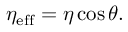
\eta _ { \mathrm { e f f } } = \eta \cos \theta .